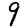
Digit: 9